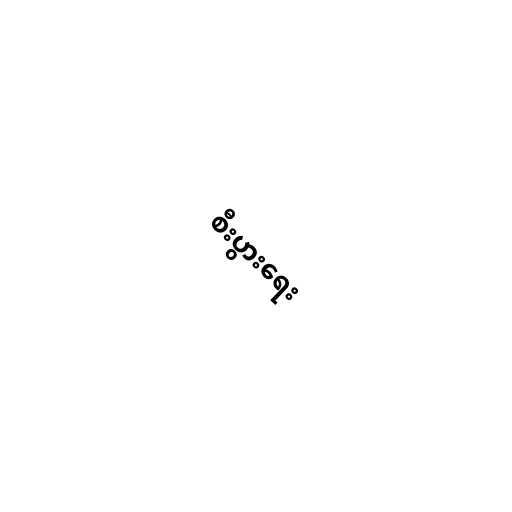
စီးပွားရေး